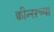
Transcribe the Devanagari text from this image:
क्वीन्सच्या